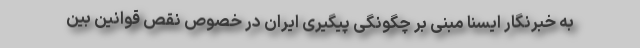
به خبرنگار ایسنا مبنی بر چگونگی پیگیری ایران در خصوص نقص قوانین بین